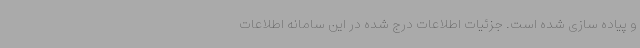
و پیاده سازی شده است. جزئیات اطلاعات درج شده در این سامانه اطلاعات